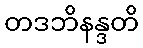
တဒဘိနန္ဒတိ